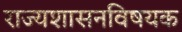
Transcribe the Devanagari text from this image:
राज्यशासनविषयक